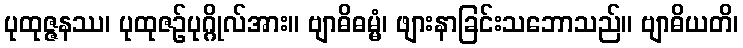
ပုထုဇ္ဇနဿ၊ ပုထုဇဉ်ပုဂ္ဂိုလ်အား။ ဗျာဓိဓမ္မံ၊ ဖျားနာခြင်းသဘောသည်။ ဗျာဓိယတိ၊